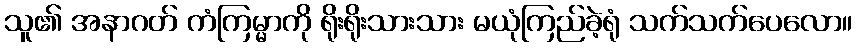
သူ၏ အနာဂတ် ကံကြမ္မာကို ရိုးရိုးသားသား မယုံကြည်ခဲ့ရုံ သက်သက်ပေလော။